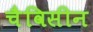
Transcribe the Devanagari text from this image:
चैविसीन